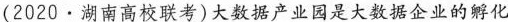
(2020·湖南高校联考)大数据产业园是大数据企业的孵化